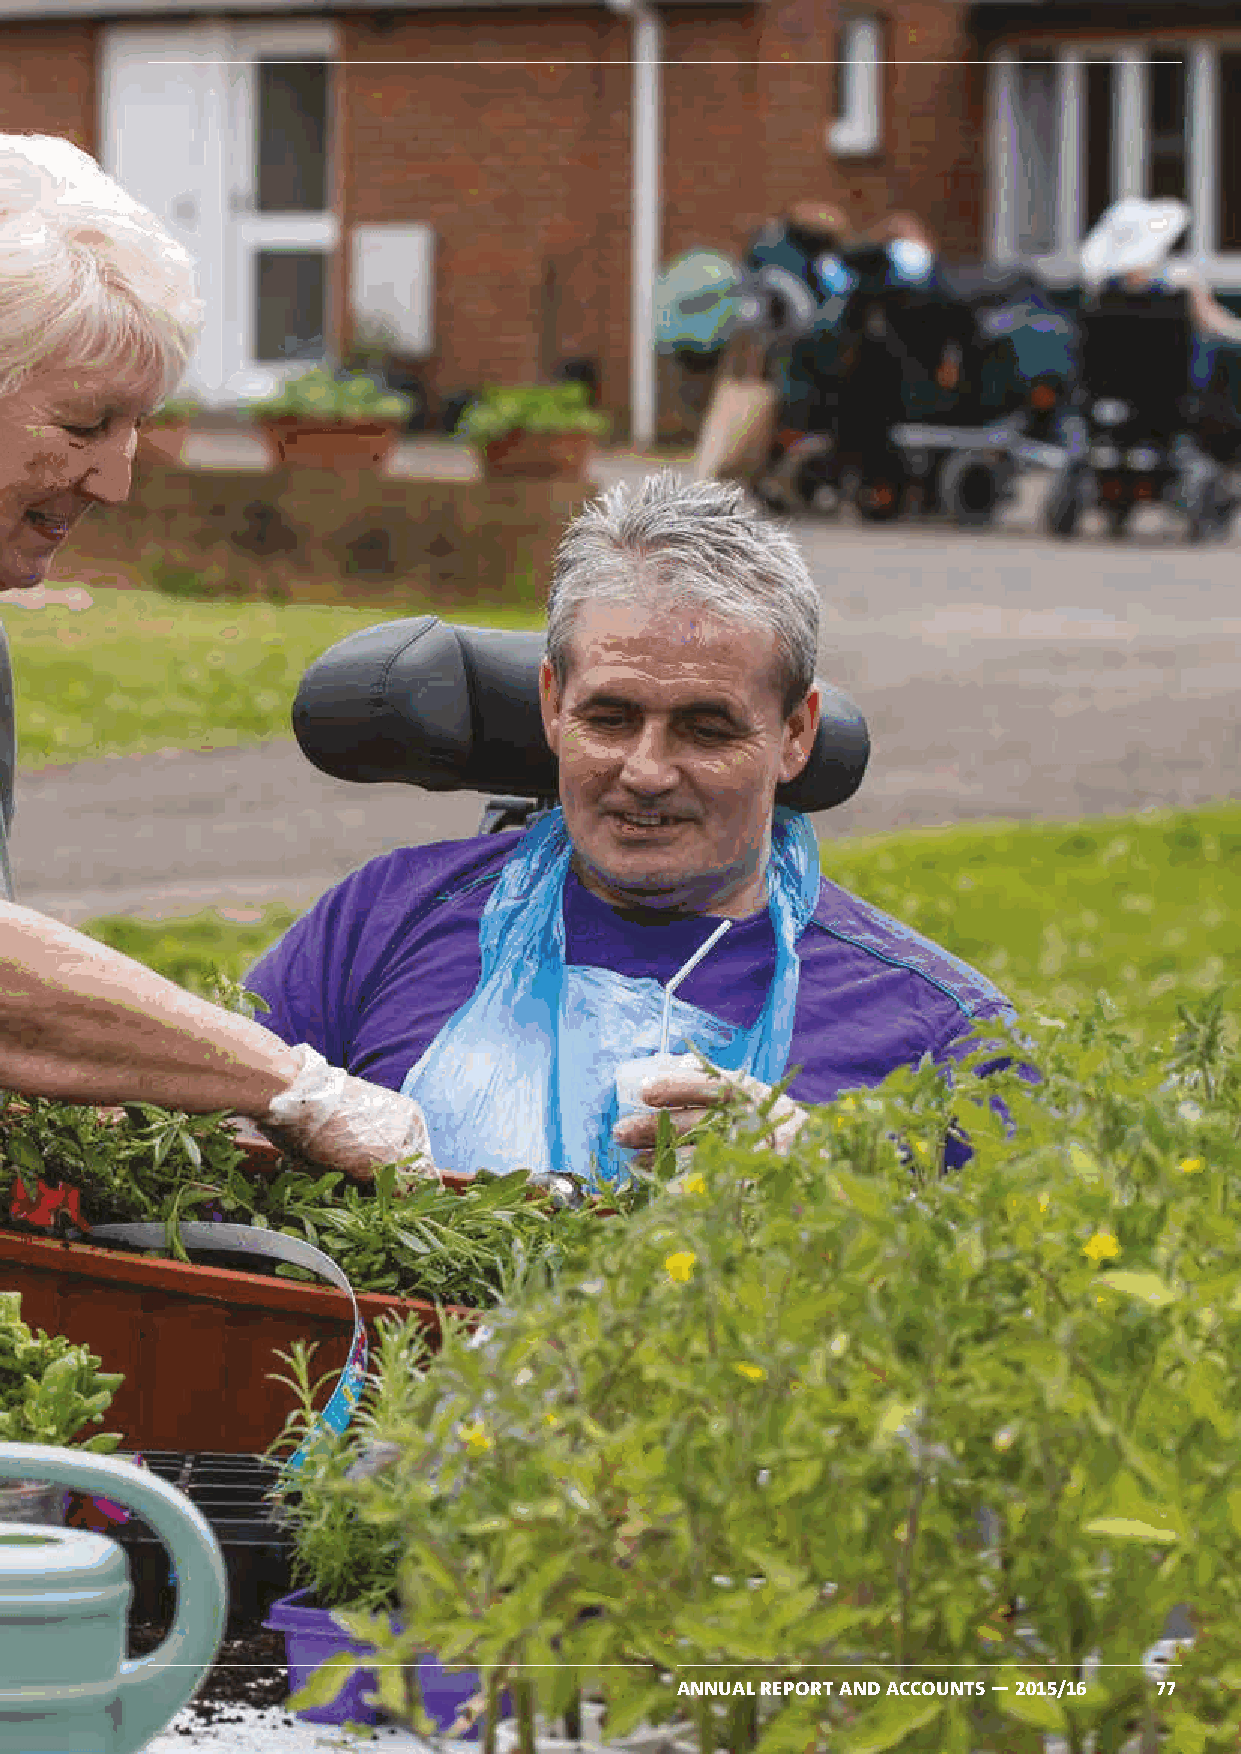
ANNUAL REPORT AND ACCOUNTS — 2015/16 77